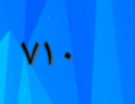
٧١٠